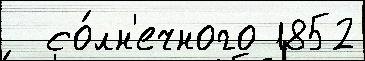
  со́лн'ечного 1852